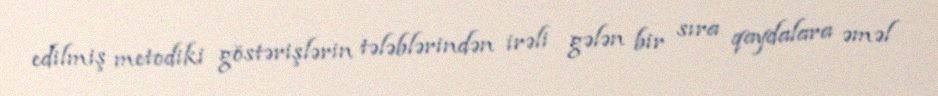
edilmiş metodiki göstərişlərin tələblərindən irəli gələn bir sıra qaydalara əməl